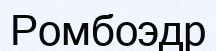
Ромбоэдр